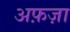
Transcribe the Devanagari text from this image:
अफ़ज़ा